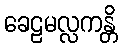
ခေဠမလ္လကန္တိ